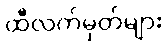
ထီလက်မှတ်များ